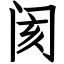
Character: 阂